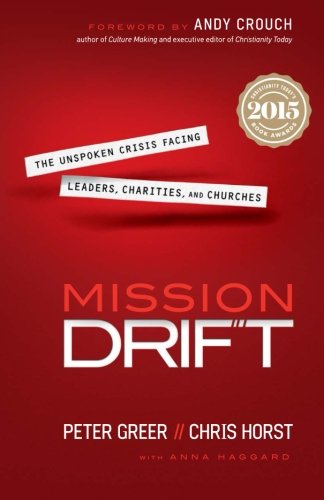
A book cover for Mission Drift: The Unspoken Crisis Facing Leaders, Charities, and Churches; Peter Greer; Christian Books & Bibles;